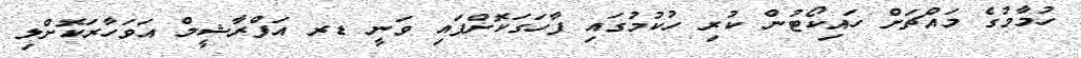
ހުމާމުގެ މައްޗަށް ހައިކޯޓުން ކުރި ހުކުމުގައި ފާހަގަކޮށްފައި ވަނީ ޑރ އަފްރާޝީމް އަވަހާރަކޮށްލި